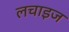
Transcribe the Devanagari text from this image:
लचाइज